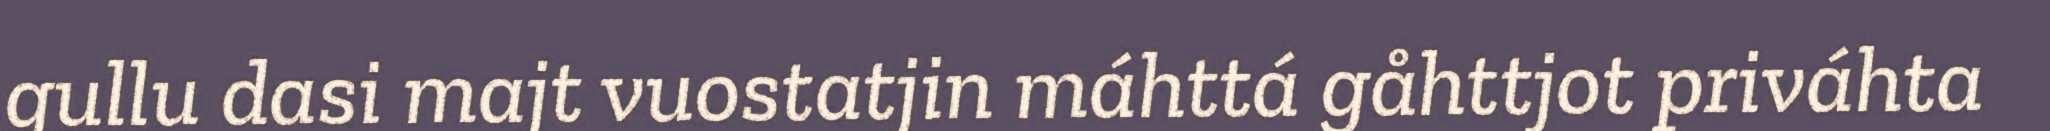
gullu dasi majt vuostatjin máhttá gåhttjot priváhta